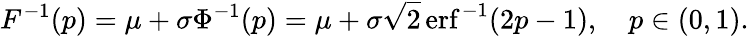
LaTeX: F^{-1}(p)=\mu+\sigma\Phi^{-1}(p)=\mu+\sigma{\sqrt{2}}\operatorname{erf}^{-1}(2p-1),\quad p\in(0,1).